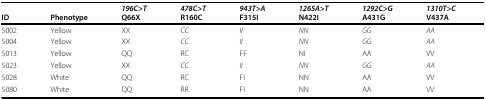
<table><thead><tr><td></td><td></td><td><b><i>196C&gt;T</i></b></td><td><b><i>478C&gt;T</i></b></td><td><b><i>943T&gt;A</i></b></td><td><b><i>1265A&gt;T</i></b></td><td><b><i>1292C&gt;G</i></b></td><td><b><i>1310T&gt;C</i></b></td></tr><tr><td><b>ID</b></td><td><b>Phenotype</b></td><td><b>Q66X</b></td><td><b>R160C</b></td><td><b>F315I</b></td><td><b>N422I</b></td><td><b>A431G</b></td><td><b>V437A</b></td></tr></thead><tbody><tr><td>5002</td><td>Yellow</td><td>XX</td><td><i>CC</i></td><td><i>II</i></td><td><i>NN</i></td><td><i>GG</i></td><td><i>AA</i></td></tr><tr><td>5004</td><td>Yellow</td><td>XX</td><td><i>CC</i></td><td><i>II</i></td><td><i>NN</i></td><td><i>GG</i></td><td><i>AA</i></td></tr><tr><td>5013</td><td>Yellow</td><td>QQ</td><td>RC</td><td>FF</td><td>NI</td><td>AA</td><td>VV</td></tr><tr><td>5023</td><td>Yellow</td><td>XX</td><td><i>CC</i></td><td><i>II</i></td><td><i>NN</i></td><td><i>GG</i></td><td><i>AA</i></td></tr><tr><td>5028</td><td>White</td><td>QQ</td><td>RC</td><td>FI</td><td>NN</td><td>AA</td><td>VV</td></tr><tr><td>5080</td><td>White</td><td>QQ</td><td>RR</td><td>FI</td><td>NN</td><td>AA</td><td>VV</td></tr></tbody></table>